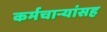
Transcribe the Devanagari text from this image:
कर्मचाऱ्यांसह